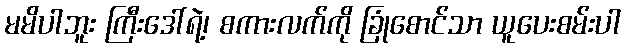
မမိပါဘူး ကြီးဒေါ်ရဲ့၊ စကားလက်ကို ခြုံစောင်သာ ယူပေးစမ်းပါ